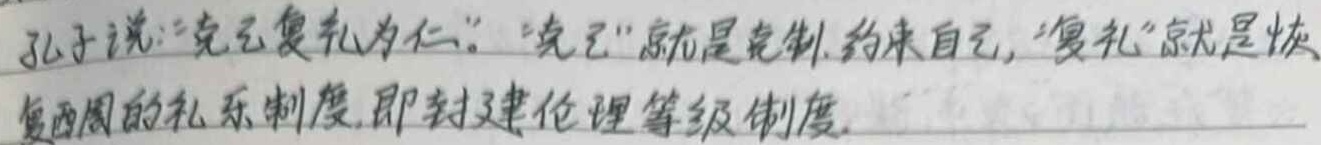
孔子说：“克己复礼为仁。”“克己”就是克制、约束自己，“复礼”就是恢复西周的礼乐制度，即封建伦理等级制度。